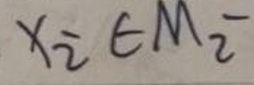
$x _ { 2 } \in M _ { 2 } ^ { - }$